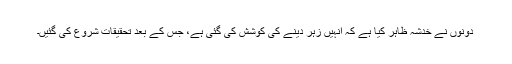
دونوں نے خدشہ ظاہر کیا ہے کہ انہیں زہر دینے کی کوشش کی گئی ہے، جس کے بعد تحقیقات شروع کی گئیں۔